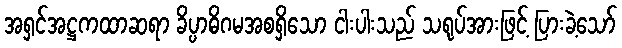
အရှင်အဋ္ဌကထာဆရာ ခိပ္ပာဓိဂမအစရှိသော ငါးပါးသည် သရုပ်အားဖြင့် ပြားခဲ့သော်